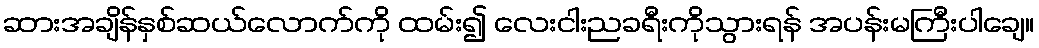
ဆားအချိန်နှစ်ဆယ်လောက်ကို ထမ်း၍ လေးငါးညခရီးကိုသွားရန် အပန်းမကြီးပါချေ။